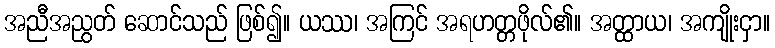
အညီအညွတ် ဆောင်သည် ဖြစ်၍။ ယဿ၊ အကြင် အရဟတ္တဖိုလ်၏။ အတ္ထာယ၊ အကျိုးငှာ။